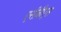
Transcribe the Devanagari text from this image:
एसीबीएस